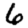
Digit: 6